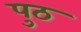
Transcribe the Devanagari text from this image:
पुठ